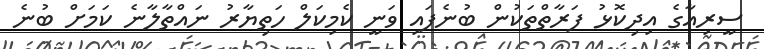
ސީރިއާގެ އިދިކޮޅު ފަރާތްތަކުން ބުނެފައި ވަނީ ކެމިކަލް ހަތިޔާރު ނައްތާލާނެ ކަމަށް ބުނެ